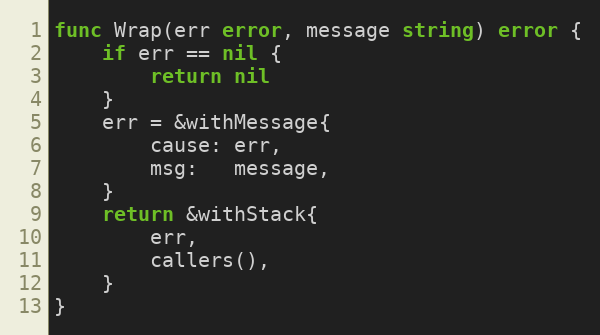
Language: Go
func Wrap(err error, message string) error {
	if err == nil {
		return nil
	}
	err = &withMessage{
		cause: err,
		msg:   message,
	}
	return &withStack{
		err,
		callers(),
	}
}